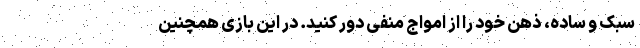
سبک و ساده، ذهن خود را از امواج منفی دور کنید. در این بازی همچنین